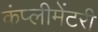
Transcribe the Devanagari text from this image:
कंप्लीमेंटरी